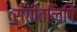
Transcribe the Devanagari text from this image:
संगीतलिपि